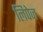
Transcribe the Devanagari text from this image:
लिपेज